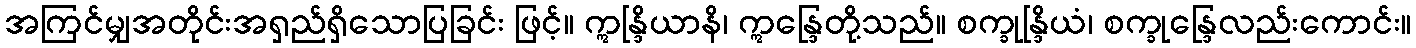
အကြင်မျှအတိုင်းအရှည်ရှိသောပြခြင်း ဖြင့်။ ဣန္ဒြိယာနိ၊ ဣန္ဒြေတို့သည်။ စက္ခုန္ဒြိယံ၊ စက္ခုန္ဒြေလည်းကောင်း။